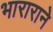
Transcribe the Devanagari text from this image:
भाराराने